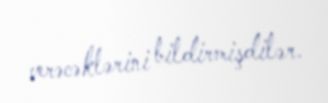
verəcəklərini bildirmişdilər.